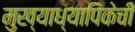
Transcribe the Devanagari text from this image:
मुख्याध्यापिकेची